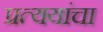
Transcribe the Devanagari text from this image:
प्रत्ययांचा